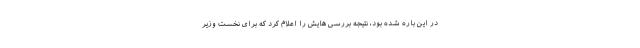
در این باره شده بود، نتیجه بررسی هایش را اعلام کرد که برای نخست وزیر